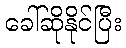
ခေါ်ဆိုနိုင်ပြီး